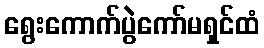
ရွေးကောက်ပွဲကော်မရှင်ထံ